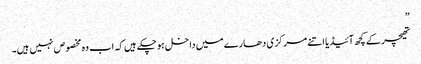
”
تھیچر کے کچھ آئیڈیا اتنے مرکزی دھارے میں داخل ہوچکے ہیں کہ اب وہ مخصوص نہیں ہیں۔